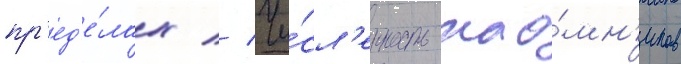
пр'ед'е́лах // Чи́сл'енность нао́мн'иков